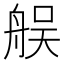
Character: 𦨳